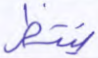
ينتظر